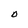
Character: O